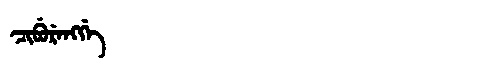
Manchu: ᠴᡳᠪᡠᡵᡝᠩᡤᡝ
Romanization: CIBURENGGE